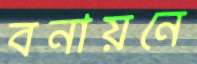
বনায়নে